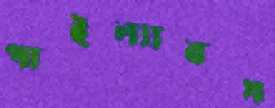
পাইল্যাবস